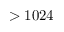
> 1 0 2 4